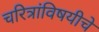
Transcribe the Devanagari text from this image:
चरित्रांविषयीचे